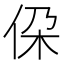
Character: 𪜷